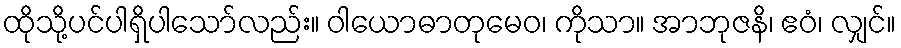
ထိုသို့ပင်ပါရှိပါသော်လည်း။ ဝါယောဓာတုမေဝ၊ ကိုသာ။ အာဘုဇနိ၊ ဧဝံ၊ လျှင်။